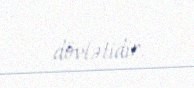
dövlətidir.